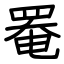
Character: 罨